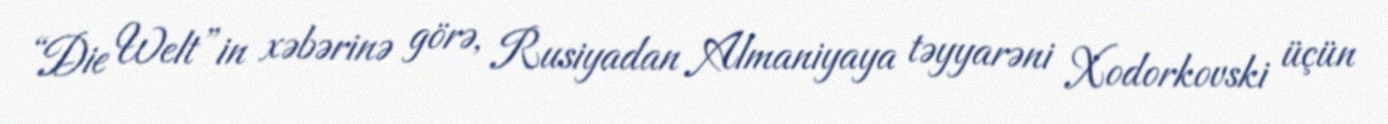
“Die Welt”in xəbərinə görə, Rusiyadan Almaniyaya təyyarəni Xodorkovski üçün